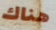
هناك